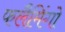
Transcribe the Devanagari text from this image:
फलैमिंगो